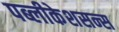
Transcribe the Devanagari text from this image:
पब्लीकेशसन्स